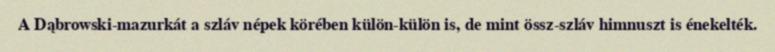
A Dąbrowski-mazurkát a szláv népek körében külön-külön is, de mint össz-szláv himnuszt is énekelték.